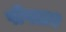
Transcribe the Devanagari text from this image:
पीपल२